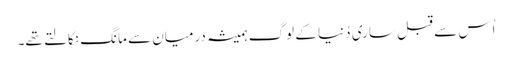
اُس سے قبل ساری دُنیا کے لوگ ہمیشہ درمیان سے مانگ نکالتے تھے۔